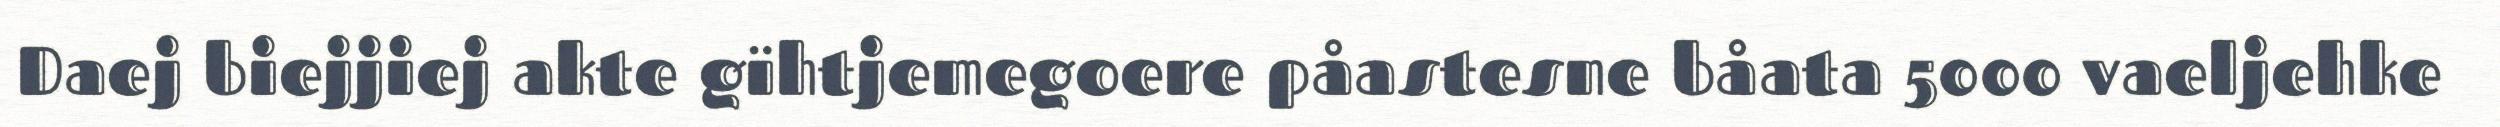
Daej biejjiej akte gïhtjemegoere påastesne båata 5000 vaeljehke